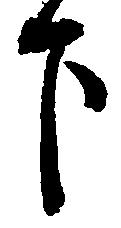
下